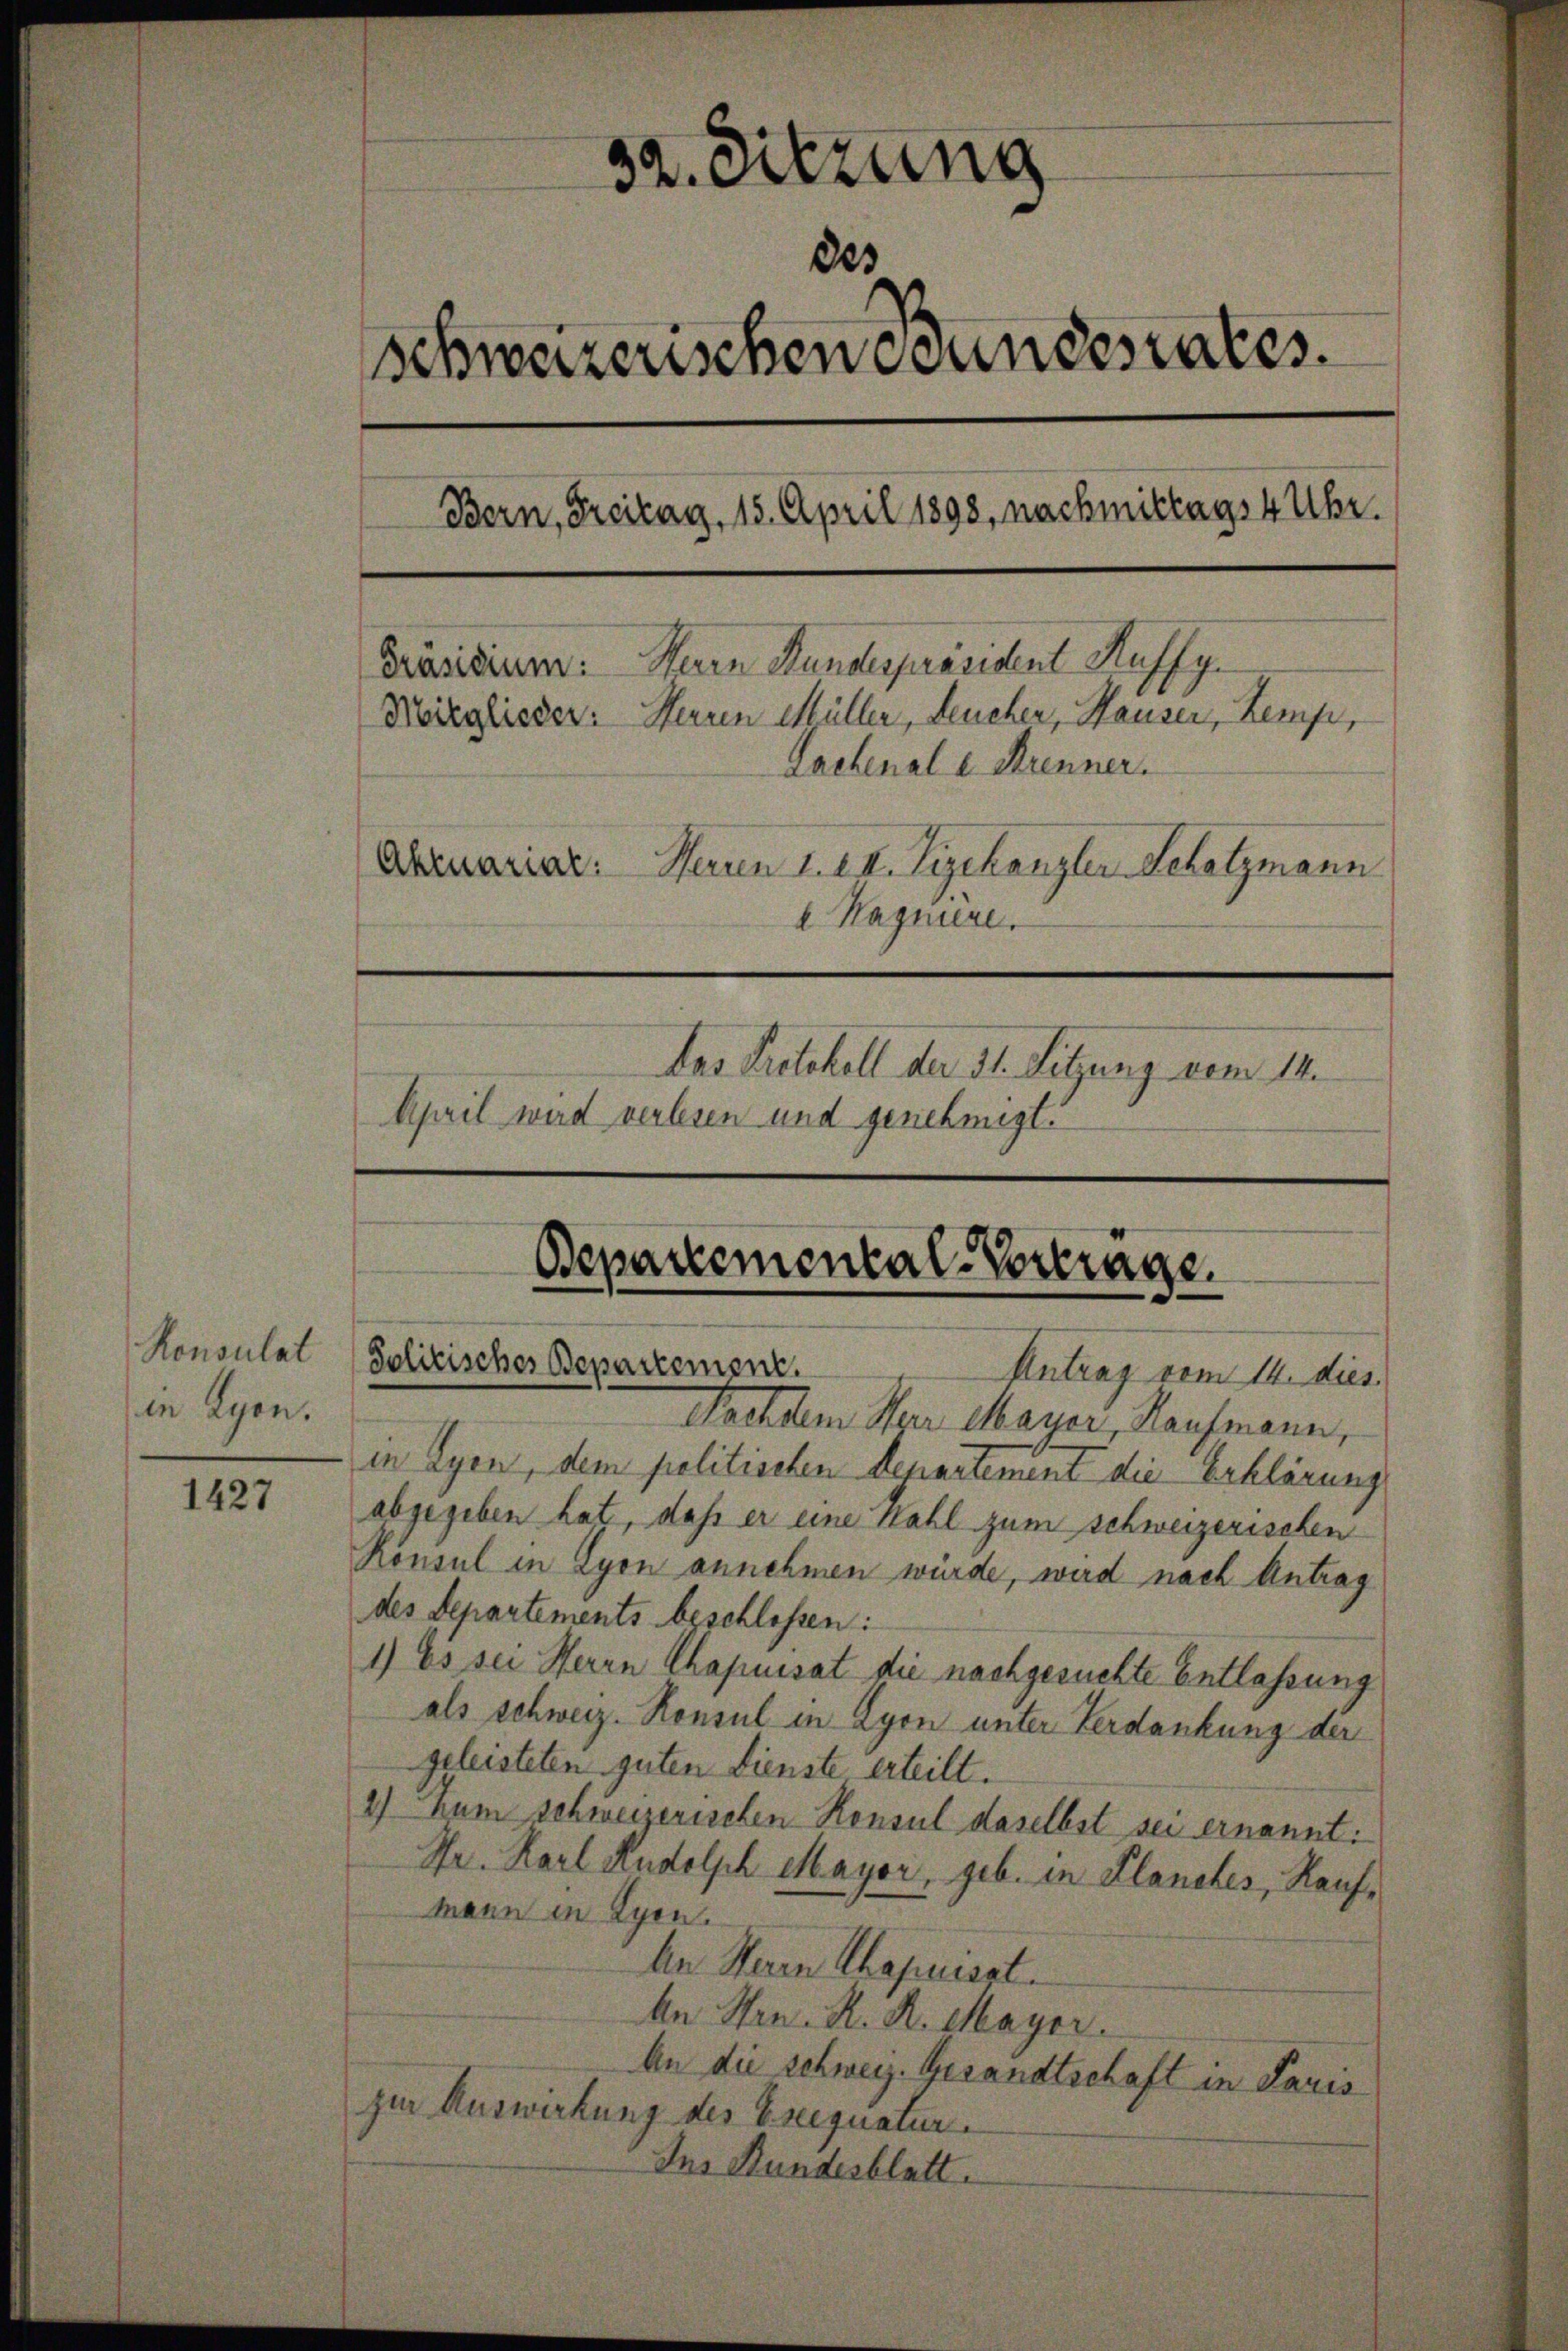
Konsulat
in Lyon.

1427

32. Sitzung
des
Schweizerischen Bundesrates.
Bern, Freitag, 15. April 1898, nachmittags 4 Uhr.
Herrn Stundespräsident Kuffg
[Präsidium:
Mitglieder: Herren Müller, Leucher, Hauser, Kemp,
Lachenale Brenner.
Abruariat: Herren I. II. Vizekanzler Schatzmann
a Magniere.
Das Protokoll der 31. Sitzung vom 14.
April wird verlesen und genehmigt.

Bepartemental-Vortrage.
Politischer Bepartement.
Antrag vom 14. dies

Nachdem Herr Mayer, Kaufmann,
in Lyon, dem politischen Departement die Erklärung
abgegeben hat, daß er eine Wahl zum schweizerischen
Konsul in Lyon annehmen würde, wird nach Antrag
des Departements beschlossen:
1) Es sei Herrn Chapuisat die nachgesuchte Entlassung
als schweiz. Konsul in Lyon unter Verdankung der
geleisteten guten Dienste erteilt.
2) Zum Schweizerischen Konsul daselbst sei ernannt:
Dr. Karl Rudolph Mayor, geb. in Planetes, Kaufmann in Lyon.
An Herrn Chapusset.
An Hrn. R. R. Mayer.
An die schweiz. Gesandtschaft in Paris
zur Auswirkung des Ereequatur
Ins Bundesblatt.